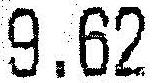
9.62